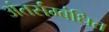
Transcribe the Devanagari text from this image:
अंतर्सम्बंधित